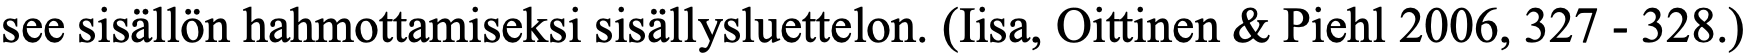
see sisällön hahmottamiseksi sisällysluettelon. (Iisa, Oittinen & Piehl 2006, 327 - 328.)